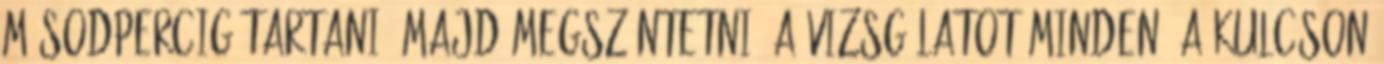
másodpercig tartani, majd megszüntetni. A vizsgálatot minden, a kulcson